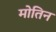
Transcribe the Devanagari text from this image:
मोतिन